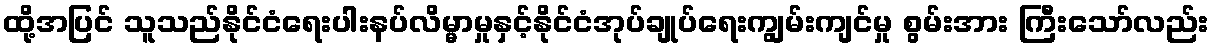
ထို့အပြင် သူသည်နိုင်ငံရေးပါးနပ်လိမ္မာမှုနှင့်နိုင်ငံအုပ်ချုပ်ရေးကျွမ်းကျင်မှု စွမ်းအား ကြီးသော်လည်း